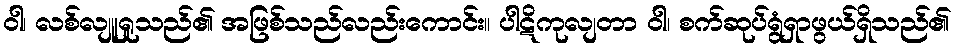
ဝါ၊ လစ်လျူရှုသည်၏ အဖြစ်သည်လည်းကောင်း။ ပါဋိကုလျတာ ဝါ၊ စက်ဆုပ်ရွံရှာဖွယ်ရှိသည်၏